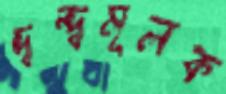
দ্বন্দ্বমূলক